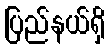
ပြည်နယ်ရှိ